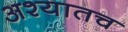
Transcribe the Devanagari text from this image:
अश्यातच